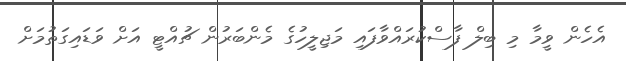
އެހެން ވީމާ މި ބިލް ފާސްކުރައްވާފައި މަޖިލީހުގެ މެންބަރުން ޗުއްޓީ އަށް ވަޑައިގަތުމަށް